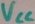
Text: VCC